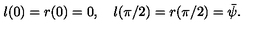
l ( 0 ) = r ( 0 ) = 0 , \quad l ( \pi / 2 ) = r ( \pi / 2 ) = { \bar { \psi } } .